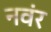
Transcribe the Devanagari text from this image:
नवंर